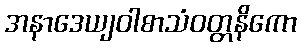
အနာဒေယျဝါစာသံဝတ္တနိကော